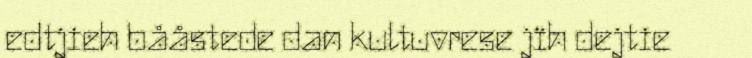
edtjieh bååstede dan kultuvrese jïh dejtie